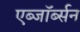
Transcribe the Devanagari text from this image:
एब्जॉर्ब्सन